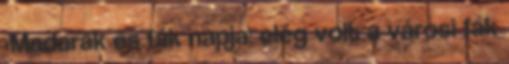
›Madarak és fák napja: elég volt a városi fák